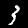
Label: 3